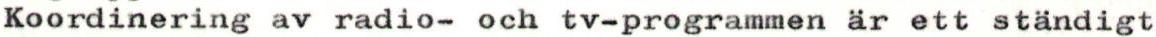
Koordinering av radio- och tv-programmen är ett ständigt